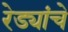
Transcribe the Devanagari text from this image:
रेड्यांचे